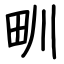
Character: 甽